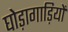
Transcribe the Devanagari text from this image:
घोड़ागाड़ियों